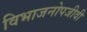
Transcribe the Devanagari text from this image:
विभाजनोपजीवी